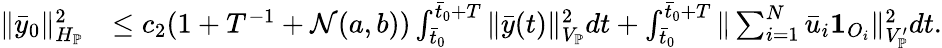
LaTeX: \begin{array}{rl}{\| \bar{y}_{0}\| _{H_{\mathbb{P}}}^{2}}&{\leq c_{2}(1+T^{-1}+\mathcal{N}(a,b))\int_{\bar{t}_{0}}^{\bar{t}_{0}+T}\| \bar{y}(t)\| _{V_{\mathbb{P}}}^{2}dt+\int_{\bar{t}_{0}}^{\bar{t}_{0}+T}\| \sum_{i=1}^{N}\bar{u}_{i}\mathbf{1}_{O_{i}}\| _{V_{\mathbb{P}}^{\prime}}^{2}dt.}\end{array}